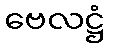
ဗေလဋ္ဌံ